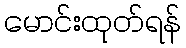
မောင်းထုတ်ရန်